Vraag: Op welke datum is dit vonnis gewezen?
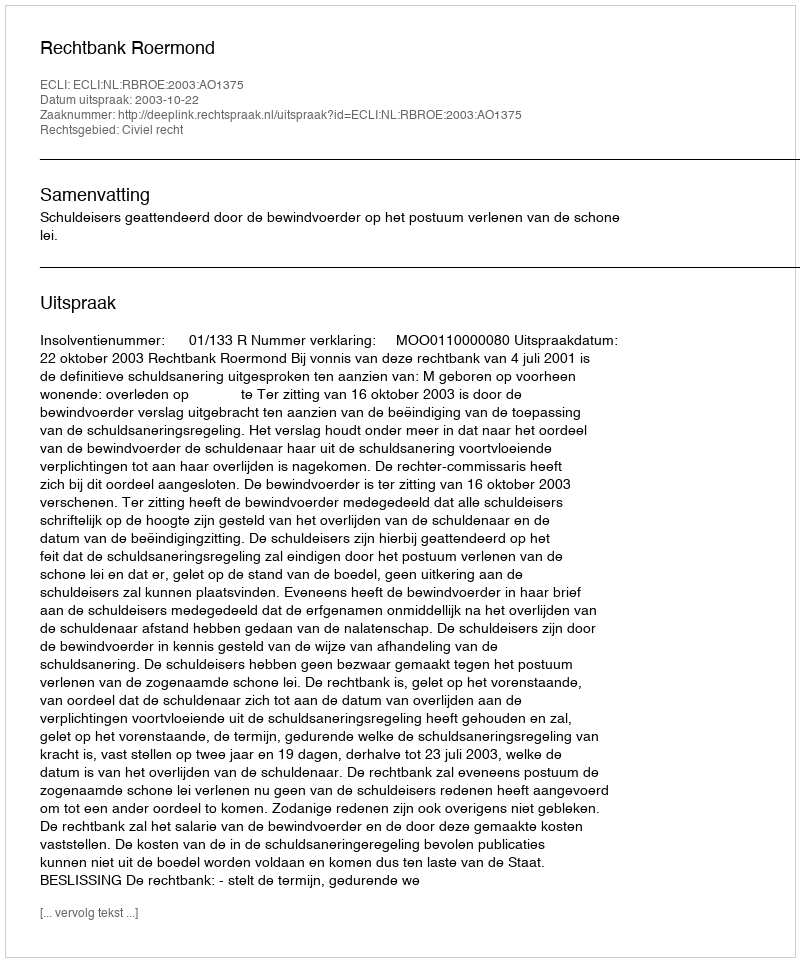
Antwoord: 2003-10-22